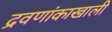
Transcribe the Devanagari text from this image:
द्रवणांकाखाली